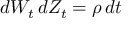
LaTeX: d W _ { t } \, d Z _ { t } = \rho \, d t